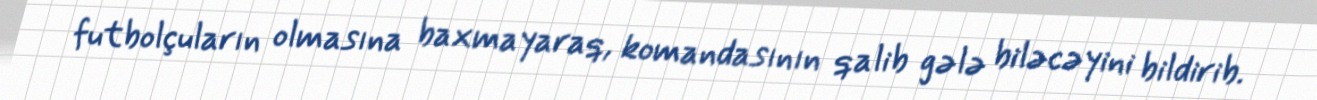
futbolçuların olmasına baxmayaraq, komandasının qalib gələ biləcəyini bildirib.